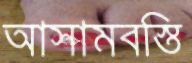
আসামবস্তি